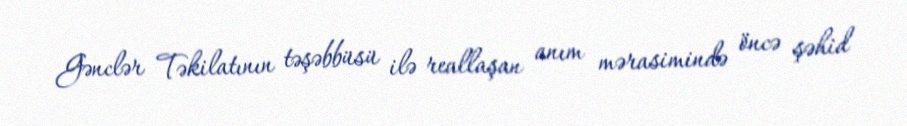
Gənclər Təkilatının təşəbbüsü ilə reallaşan anım mərasimində öncə şəhid